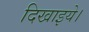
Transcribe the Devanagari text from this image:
दिखाइये।